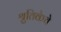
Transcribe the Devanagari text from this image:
श्रुतिकेचे